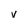
Character: v